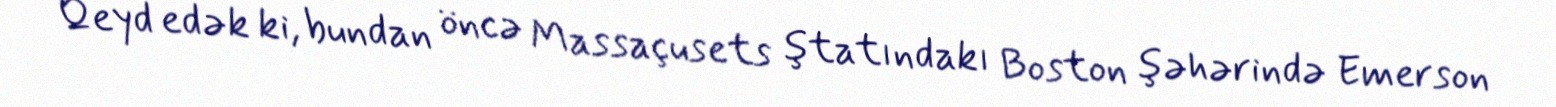
Qeyd edək ki, bundan öncə Massaçusets ştatındakı Boston şəhərində Emerson